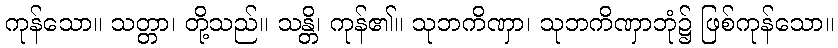
ကုန်သော။ သတ္တာ၊ တို့သည်။ သန္တိ၊ ကုန်၏။ သုဘကိဏှာ၊ သုဘကိဏှာဘုံ၌ ဖြစ်ကုန်သော။